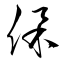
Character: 保